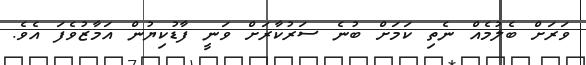
ވަރަށް ބެލުމެއް ނެތި ކަމަށް ބުނެ ސަރުކާރަށް ވަނީ ފާޑުކިޔުން އަމާޒުވެފަ އެވެ.